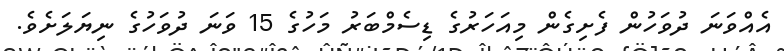
އެއްވަނަ ދުވަހުން ފެށިގެން މިއަހަރުގެ ޑިސެމްބަރު މަހުގެ 15 ވަނަ ދުވަހުގެ ނިޔަލަށެވެ.